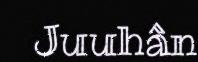
Juuhân